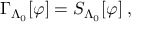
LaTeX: \Gamma _ { \Lambda _ { 0 } } [ \varphi ] = S _ { \Lambda _ { 0 } } [ \varphi ] \; ,